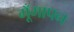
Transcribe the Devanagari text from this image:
गूँगापन